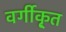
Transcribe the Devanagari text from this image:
वर्गीकृ्त